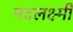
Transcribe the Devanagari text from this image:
मदलक्ष्मी